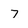
Character: 7